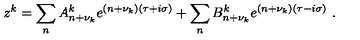
z ^ { k } = \sum _ { n } A _ { n + \nu _ { k } } ^ { k } e ^ { ( n + \nu _ { k } ) ( \tau + i \sigma ) } + \sum _ { n } B _ { n + \nu _ { k } } ^ { k } e ^ { ( n + \nu _ { k } ) ( \tau - i \sigma ) } \ .